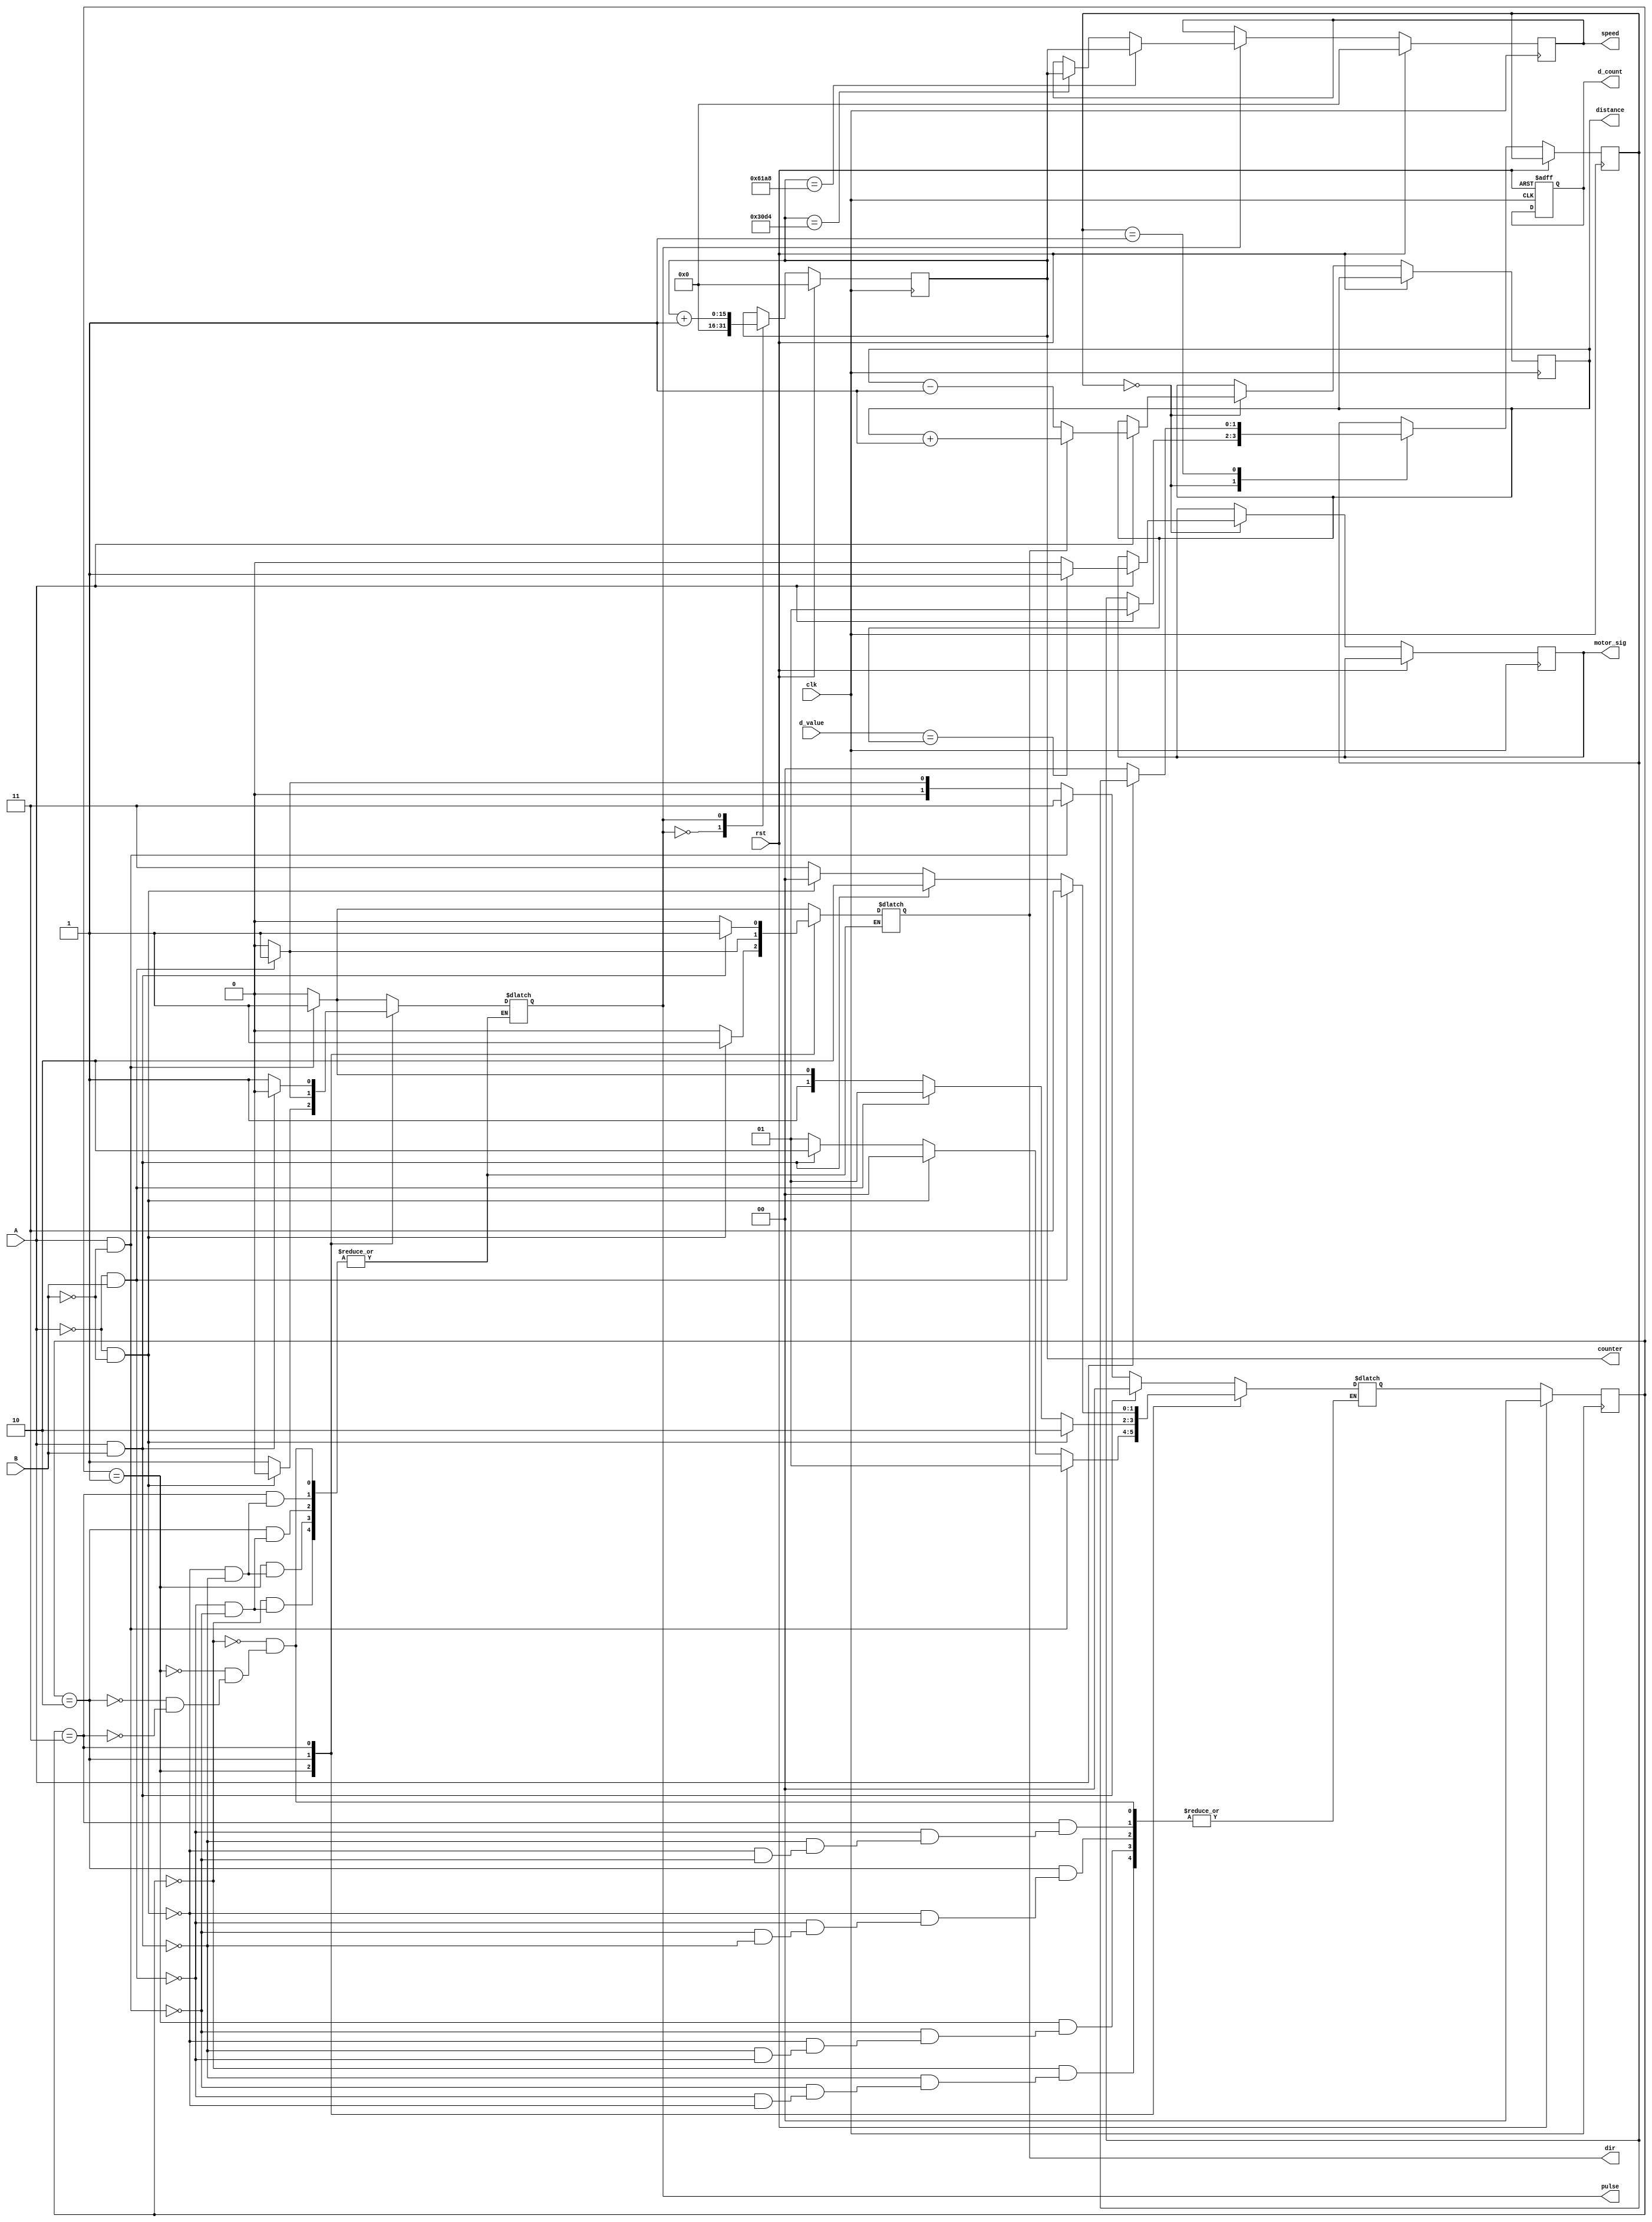
`timescale 1ns / 1ps
//////////////////////////////////////////////////////////////////////////////////
// Company: 
// Engineer: 
// 
// Design Name: 
// Module Name: quadrature_decode
// Project Name: 
// Target Devices: 
// Tool Versions: 
// Description: 
// 
// Dependencies: 
// 
// Revision:
// Revision 0.01 - File Created
// Additional Comments:
// 
//////////////////////////////////////////////////////////////////////////////////


module quadrature_decode(d_count,counter, pulse,dir, distance, speed, clk, A,B,rst, d_value, motor_sig);
input A;
input B;
input clk, rst;
output dir;
output [23:0] distance;
output [15:0] speed;
output reg motor_sig;
input [23:0] d_value;
output pulse;
output [15:0] counter;
reg [15:0] speed;
reg [23:0] distance = 0;
reg dir, pulse;

parameter state0 = 0;
parameter state1 = 1;
parameter state2 = 2;
parameter state3 = 3;
output reg [1:0] d_count=0;
reg [1:0] State, NextState=0;
reg [15:0] counter=0;
//100mhz
always @(posedge clk)
begin
if (rst)
  State <= 0;
else 
  State <= NextState;
end

always @(A,B,rst,NextState)
begin
   case(State)
   state0: begin
             if(A == 0 && B == 0) begin NextState <= state0; end
               if(A == 0 && B == 1) begin NextState <= state1; pulse <= 0; dir <= 0; end
               if(A == 1 && B == 0) begin NextState <= state3; pulse <= 1; dir <= 1; end
             if(A == 1 && B == 1) begin NextState <= state0; end
          end
   state1: begin 
             if(A == 0 && B == 1) begin NextState <= state1; end
               if( A == 1 && B == 1) begin NextState <= state2; pulse<= 1; dir <= 0; end
               if(A == 0 && B == 0) begin NextState <= state0; pulse <= 0; dir <= 1; end
             if(A == 1 && B == 0) begin NextState <= state1; end
           end
   state2: begin
             if(A == 1 && B ==1) begin NextState <= state2; end
               if(A == 1 && B == 0) begin NextState <= state3; pulse<= 0; dir <= 0; end
               if(A == 0 && B == 1) begin NextState <= state1; pulse <= 1; dir <= 1; end
             if(A == 0 && B ==0) begin NextState <= state2; end
           end
   state3: begin
             if(A == 1 && B == 0) begin NextState<= state3; end
               if(A == 0 && B ==0) begin NextState <= state0; pulse<=1; dir <= 0; end
               if(A == 1 && B ==1) begin NextState<= state2; pulse <= 0; dir <= 1; end
             if(A == 0 && B == 1) begin NextState<= state3; end
           end
   endcase
   
end
reg [1:0] state = 0;

//100mhz
always @(posedge clk, posedge rst)
begin
  if (rst)
  begin
    d_count <= 0;
  end
  
  else
  case(state)
  0:begin
    if(A==1) begin
      state <= 1;
      if(dir == 1)
        distance <= distance+1; 
        
      else
        distance <= distance -1;
      if(d_value == distance)
         motor_sig <= 1;
      else
        motor_sig <= 0;
        
        
                                end
     else begin
       distance <= distance;
       state<= state; end
                                
     end 
  1: begin
     if (A == 0) begin
       state<=0;
       distance <= distance; end
       
       
     
     end
  
  endcase
end
//100mhz
parameter s1 = 1;
parameter s2 = 0;

always @(posedge clk)
//  50,000 max count : 65536 2^16
begin
  if(rst)
  begin
    speed <= 0;
    counter <= 0;
  end
  else
  
    case(pulse)
    0:begin
      if(pulse==0)
       begin
        counter <= 16'h0000;
       end
      end
    1: begin
       
       counter <= counter +1;
       if (counter == 25000)
         speed <= counter;
       else if(counter == 12500)
         speed <= counter;
       end
       
      
    endcase
     
 end     
endmodule